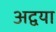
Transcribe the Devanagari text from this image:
अद्वया